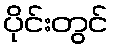
ပိုင်းတွင်